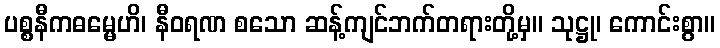
ပစ္စနီကဓမ္မေဟိ၊ နီဝရဏ စသော ဆန့်ကျင်ဘက်တရားတို့မှ။ သုဋ္ဌု၊ ကောင်းစွာ။